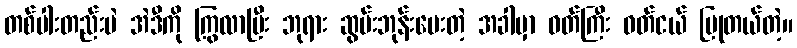
တစ်ပါးတည်းပဲ အဲဒီကို ကြွလာပြီး ဘုရား ဆွမ်းဘုန်းပေးတဲ့ အခါမှာ ဝတ်ကြီး ဝတ်ငယ် ပြုတယ်တဲ့။